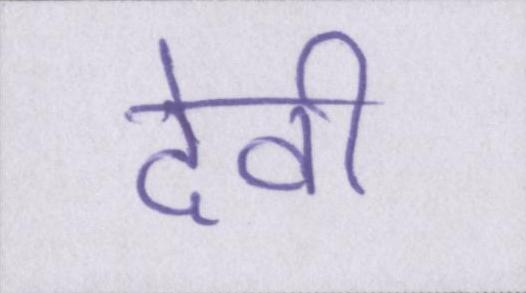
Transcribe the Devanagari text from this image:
देवी